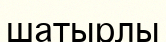
шатырлы